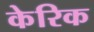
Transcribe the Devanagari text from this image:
केरिक